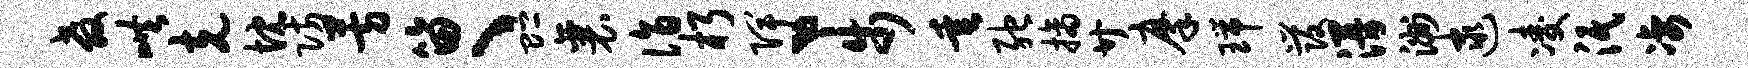
教哄克忱防芳笛、贮襄诣朽陴丶步垂弛摘廿摩瑞发漫洲逮凌泯凄